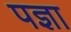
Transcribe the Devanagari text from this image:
पज्ञा